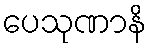
ပေသုဏာနိ